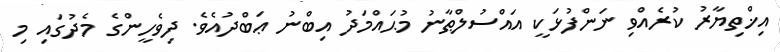
އިޚްތިޔާރު ކުރެއްވި ނަންފުޅަކީ އައްސުލްޠާނު މުޙައްމަދު އިބްނު ޢަބްދުއެވެ. ދިވެހީންގެ މެދުގައި މި